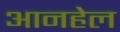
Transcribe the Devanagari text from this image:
आनहेल